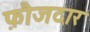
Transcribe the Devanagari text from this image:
फ़ौजदार